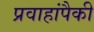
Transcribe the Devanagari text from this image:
प्रवाहांपैकी